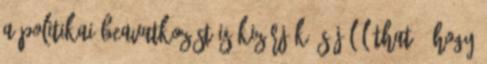
a politikai beavatkozást is kizárják, s jól látható, hogy